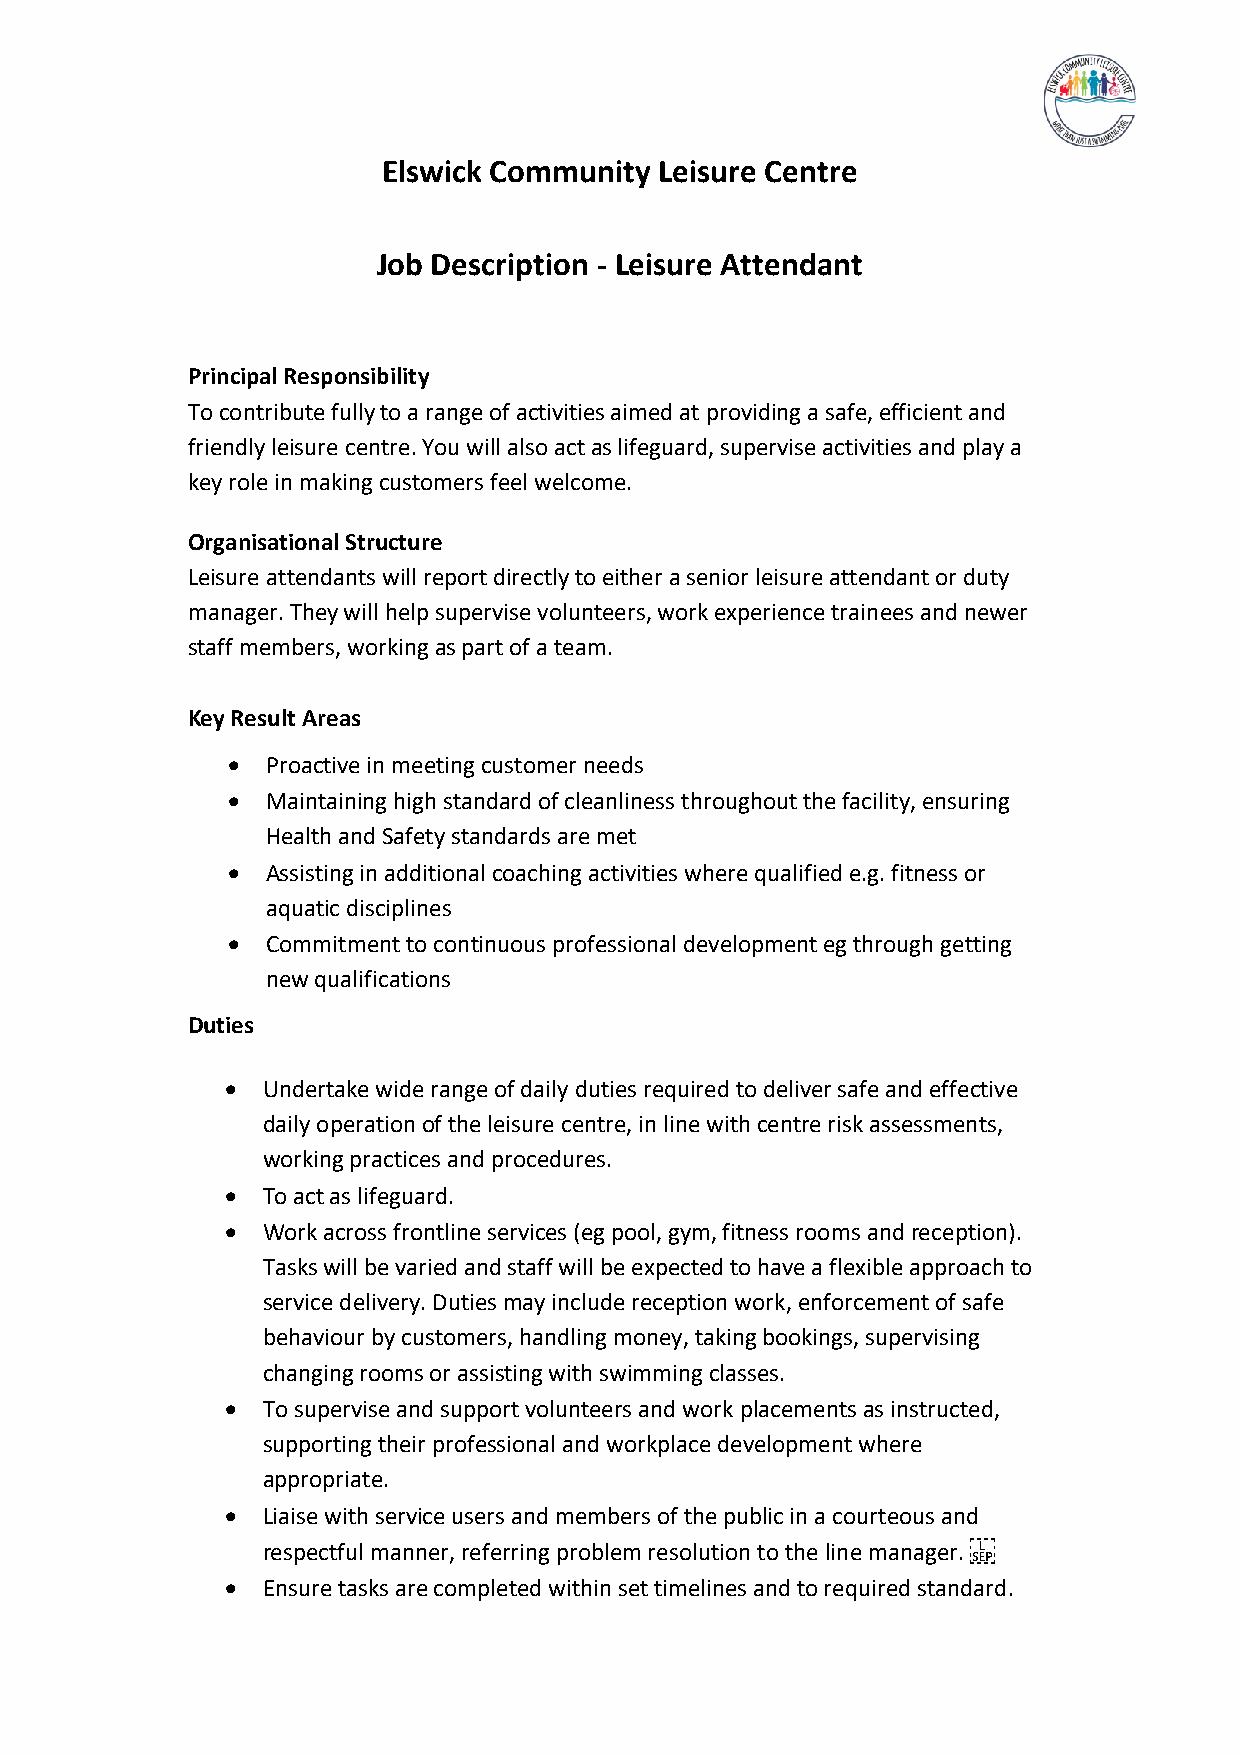
Elswick Community  Leisure Centre
 Job Description - Leisure Attendant
 Principal Responsibility
 To contribute fully to a range of activities aimed at providing a safe, efficient and
 friendly leisure centre. You will also act as lifeguard, supervise activities and play a
 key role in making customers feel welcome.
 Organisational Structure
 Leisure attendants will report directly to either a senior leisure attendant or duty
 manager. They will help supervise volunteers, work experience trainees and newer
 staff members, working as part of a team.
 Key Result Areas
 •  Proactive in meeting customer needs
 •  Maintaining high standard of cleanliness throughout the facility, ensuring
 Health and Safety standards are met
 •  Assisting in additional coaching activities where qualified e.g. fitness or
 aquatic disciplines
 •  Commitment to continuous professional development eg through getting
 new qualifications
 Duties
 • Undertake wide range of daily duties required to deliver safe and effective
 daily operation of the leisure centre, in line with centre risk assessments,
 working practices and procedures.
 • To act as lifeguard.
 • Work across frontline services (eg pool, gym, fitness rooms and reception).
 Tasks will be varied and staff will be expected to have a flexible approach to
 service delivery. Duties may include reception work, enforcement of safe
 behaviour by customers, handling money, taking bookings, supervising
 changing rooms or assisting with swimming classes.
 • To supervise and support volunteers and work placements as instructed,
 supporting their professional and workplace development where
 appropriate.
 • Liaise with service users and members of the public in a courteous and
 respectful manner, referring problem resolution to the line manager.
 • Ensure tasks are completed within set timelines and to required standard.